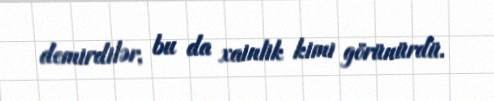
demirdilər, bu da xainlik kimi görünürdü.